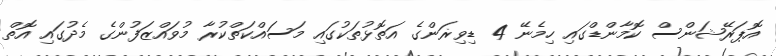
އޮޕަރޭޝަންސް ކޮމާންޑްގައި ހިމެނޭ 4 ޑިވިޜަންގެ އަތޮޅުތަކުގައި މަސައްކަތްކުރާ މުވައްޒަފުންގެ މެދުގައި އޮތް